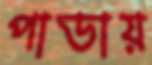
পাডায়